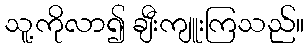
သူ့ကိုလာ၍ ချီးကျူးကြသည်။